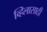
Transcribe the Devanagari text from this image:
व्हिलासाठी